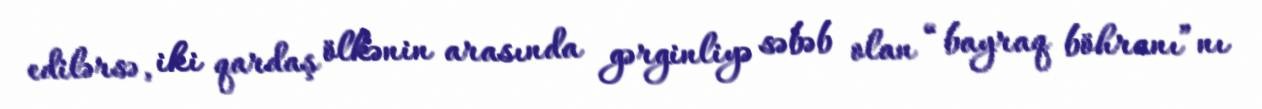
edilərsə, iki qardaş ölkənin arasında gərginliyə səbəb olan “bayraq böhranı”nı